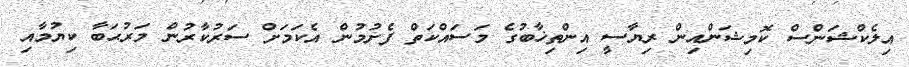
އިލެކްޝަންސް ކޮމިޝަންއިން ރިޔާސީ އިންތިޚާބުގެ މަސައްކަތް ފެށުމުން އެކަމަށް ސަރުކާރުން މަރުޙަބާ ކިޔުމާއި